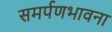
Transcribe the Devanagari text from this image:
समर्पणभावना